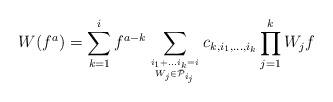
LaTeX: \begin{align*}W(f^a) = \sum_{k=1}^i f^{a-k} \sum_{i_1+\dots i_k=i \atop W_j\in \bar{\mathcal P}_{i_j}} c_{k,i_1,\dots,i_k} \prod_{j=1}^k W_j f\end{align*}